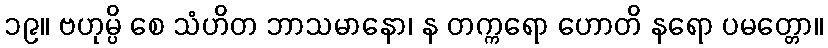
၁၉။ ဗဟုမ္ပိ စေ သံဟိတ ဘာသမာနော၊ န တက္ကရော ဟောတိ နရော ပမတ္တော။